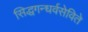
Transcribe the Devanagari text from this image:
सिद्धगन्धर्वसेविते